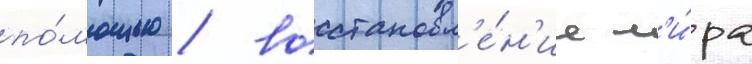
по́мощью / восстановл'е́н'ие м'и́ра